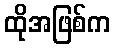
ထိုအဖြစ်က